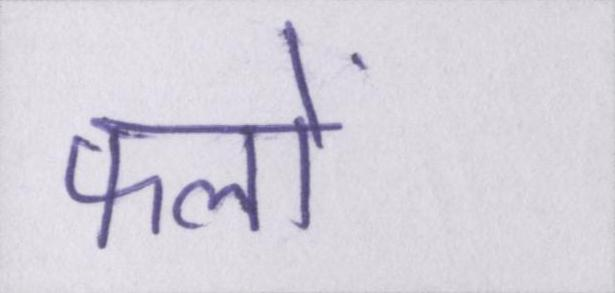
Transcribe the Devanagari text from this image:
फलों